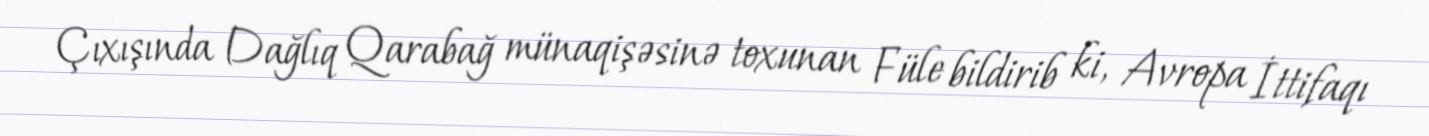
Çıxışında Dağlıq Qarabağ münaqişəsinə toxunan Füle bildirib ki, Avropa İttifaqı